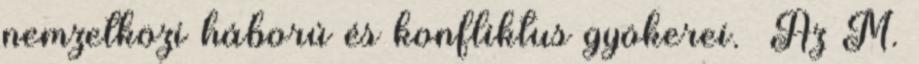
nemzetközi háború és konfliktus gyökerei. Az M.